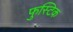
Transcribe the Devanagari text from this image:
फुस्टिक